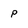
Character: p